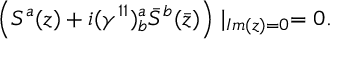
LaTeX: \left( S ^ { a } ( z ) + i ( \gamma ^ { 1 1 } ) _ { b } ^ { a } \bar { S } ^ { b } ( \bar { z } ) \right) \mid _ { I m ( z ) = 0 } = 0 .